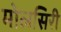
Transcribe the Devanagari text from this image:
मोलसिरी